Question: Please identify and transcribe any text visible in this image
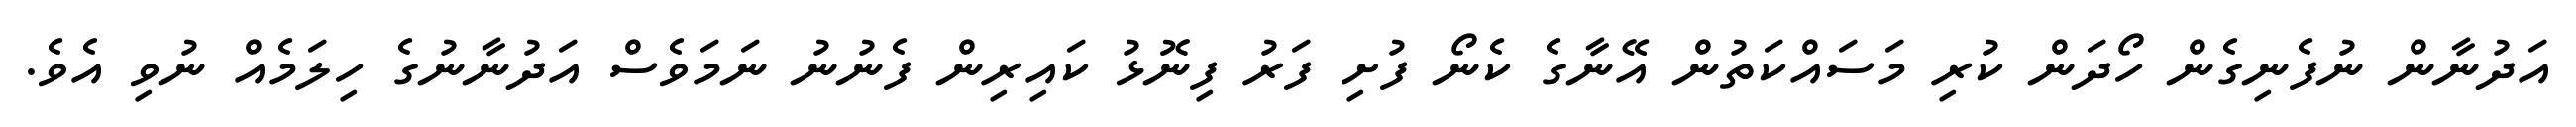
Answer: އަދުނާން ނުފެނިގެން ހޯދަން ކުރި މަސައްކަތުން އޭނާގެ ކެނޯ ފުށި ފަރު ފިނޮޅު ކައިރިން ފެނުނު ނަމަވެސް އަދުނާނުގެ ހިލަމެއް ނުވި އެވެ.